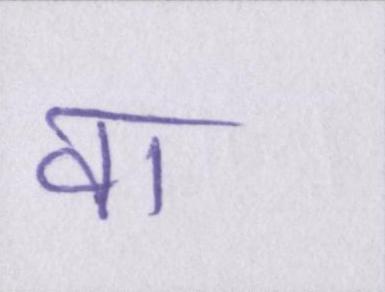
वा